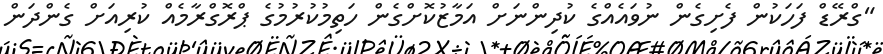
"ގްރޭޑް ފަހަކުން ފެށިގެން ނުވައެއްގެ ކުދިންނަށް އަމާޒުކޮށްގެން ހަތިމުކުރުމުުގެ ޕްރޮގްރާމެއް ކުރިއަށް ގެންދަން